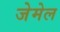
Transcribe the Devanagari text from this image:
जेमेल